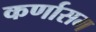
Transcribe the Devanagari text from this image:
कर्णासम